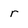
Character: r